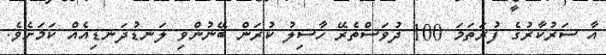
އާ ސަރުކާރުގެ ފުރަތަމަ 100 ދުވަސްތެރޭ ހާސިލު ކުރަން ބޭނުންވި ލަނޑުދަނޑިއެއް ކަމަށެވެ.